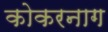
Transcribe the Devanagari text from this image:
कोकरनाग